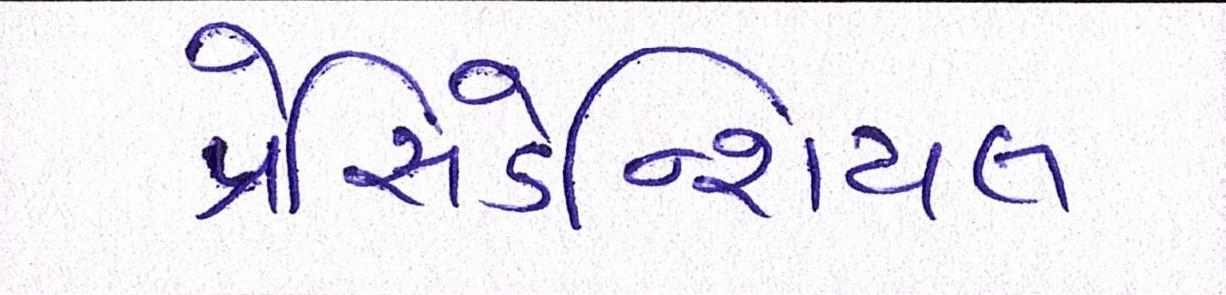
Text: પ્રેસિડેન્શિયલ